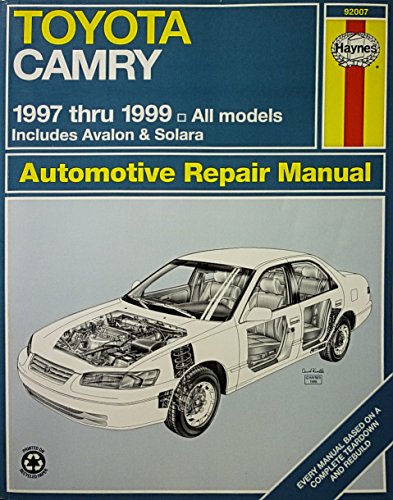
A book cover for Toyota Camry Automotive Repair Manual: Models Covered : All Toyota Camry, Avalon and Camry Solara Models 1997 Through 1999 (Haynes Automotive Repair Manual Series); Robert Maddox; Engineering & Transportation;